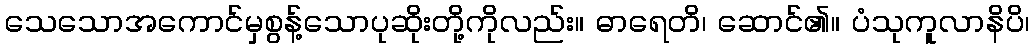
သေသောအကောင်မှစွန့်သောပုဆိုးတို့ကိုလည်း။ ဓာရေတိ၊ ဆောင်၏။ ပံသုကူလာနိပိ၊